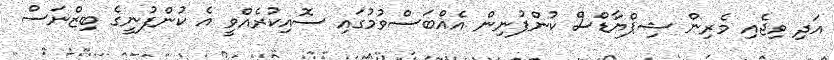
އަދި ވިޖެއި މެރިން ޝިޕްޔާޑްސް ކުންފުނިން އެއްބަސްވުމުގައި ސޮއިކުރެއްވީ އެ ކުންފުނީގެ ބިޒްނަސް